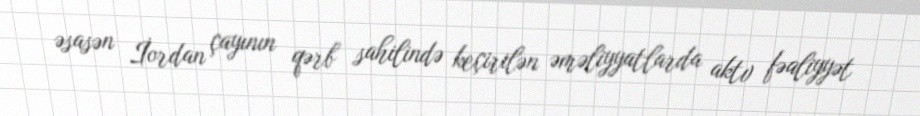
əsasən İordan çayının qərb sahilində keçirilən əməliyyatlarda aktv fəaliyyət